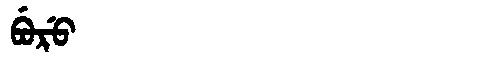
Manchu: ᠪᡠᡵᡠ
Romanization: BURU